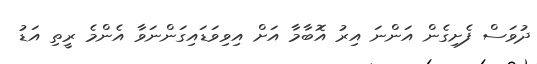
ދުވަސް ފެށިގެން އަންނަ އިރު އޮބާމާ އަށް އިވިވަޑައިގަންނަވާ އެންމެ ރީތި އަޑު